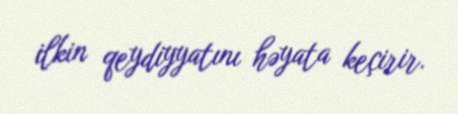
ilkin qeydiyyatını həyata keçirir.